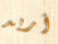
أريد